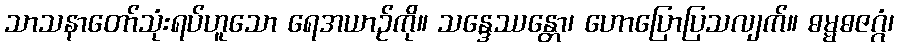
သာသနာတော်သုံးရပ်ဟူသော ရေအယာဉ်ကို။ သန္ဒေဿန္တော၊ ဟောပြောပြသလျက်။ ဓမ္မဓဇဂ္ဂံ၊